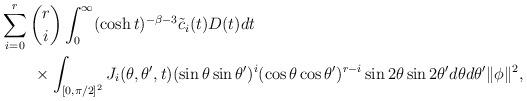
LaTeX: \begin{align*}&\sum^r_{i=0}{r\choose i}\int^\infty_0 (\cosh t)^{-\beta-3}\tilde{c}_i(t)D(t)dt\\&\qquad\times\int_{[0,\pi/2]^2} J_i(\theta,\theta',t) (\sin\theta\sin\theta')^i (\cos\theta\cos\theta')^{r-i}\sin2\theta\sin2\theta'd\theta d\theta' \|\phi\|^2,\end{align*}